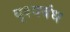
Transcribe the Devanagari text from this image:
दृश्यबंध